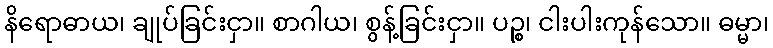
နိရောဓာယ၊ ချုပ်ခြင်းငှာ။ စာဂါယ၊ စွန့်ခြင်းငှာ။ ပဉ္စ၊ ငါးပါးကုန်သော။ ဓမ္မာ၊